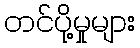
တင်ပို့မှုများ